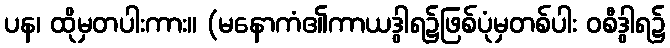
ပန၊ ထိုမှတပါးကား။ (မနောကံ၏ကာယဒွါရ၌ဖြစ်ပုံမှတစ်ပါး ဝစီဒွါရ၌